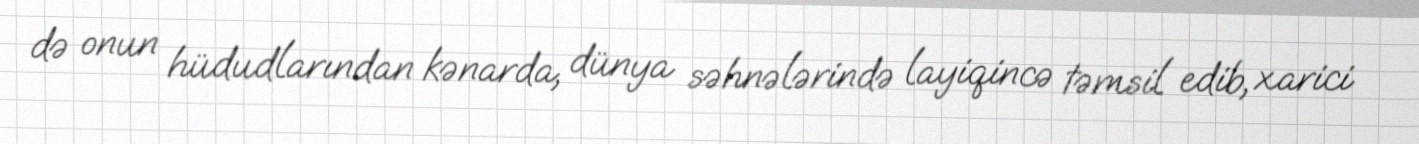
də onun hüdudlarından kənarda, dünya səhnələrində layiqincə təmsil edib, xarici